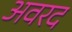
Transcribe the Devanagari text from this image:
अवरद